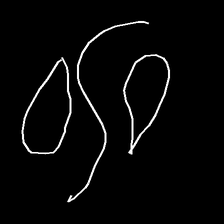
Glyph: water